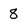
Character: 8